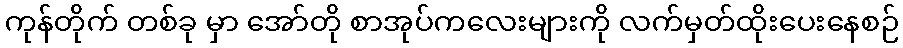
ကုန်တိုက် တစ်ခု မှာ အော်တို စာအုပ်ကလေးများကို လက်မှတ်ထိုးပေးနေစဉ်